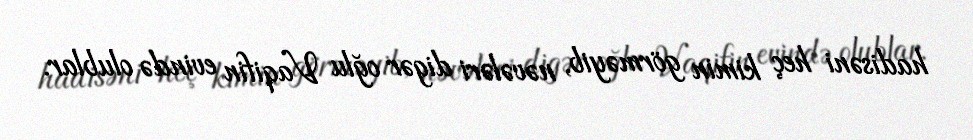
hadisəni heç kimin görməyib, nəvələri digər oğlu Vaqifin evində olublar.